Report on horse surra - Volume II, Part I
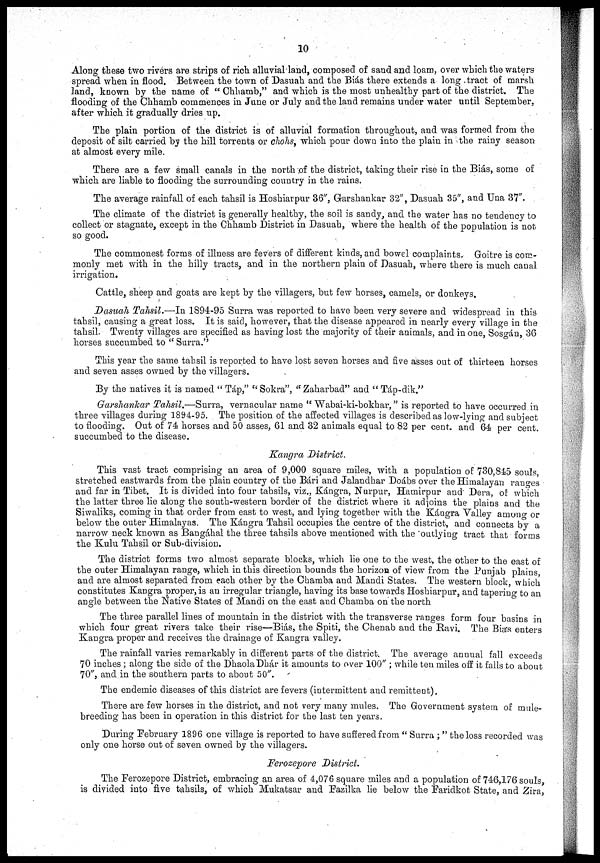
10
Along these two rivers are strips of rich alluvial land, composed of sand and loam, over which the waters
spread when in flood. Between the town of Dasuah and the Biás there extends a long tract of marsh
land, known by the name of " Chhamb," and which is the most unhealthy part of the district. The
flooding of the Chhamb commences in June or July and the land remains under water until September,
after which it gradually dries up.
The plain portion of the district is of alluvial formation throughout, and was formed from the
deposit of silt carried by the hill torrents or chohs, which pour down into the plain in the rainy season
at almost every mile.
There are a few small canals in the north of the district, taking their rise in the Biás, some of
which are liable to flooding the surrounding country in the rains.
The average rainfall of each tahsil is Hoshiarpur 36", Garshankar 32", Dasuah 35", and Una 37".
The climate of the district is generally healthy, the soil is sandy, and the water has no tendency to
collect or stagnate, except in the Chhamb District in Dasuah, where the health of the population is not
so good.
The commonest forms of illness are fevers of different kinds, and bowel complaints. Goitre is com-
monly met with in the hilly tracts, and in the northern plain of Dasuah, where there is much canal
irrigation.
Cattle, sheep and goats are kept by the villagers, but few horses, camels, or donkeys.
Dasuah Tahsil.—In 1894 -95 Surra was reported to have been very severe and widespread in this
tahsil, causing a great loss. It is said, however, that the disease appeared in nearly every village in the
tahsil. Twenty villages are specified as having lost the majority of their animals, and in one, Sosgán, 36
horses succumbed to " Surra."
This year the same tahsil is reported to have lost seven horses and five asses out of thirteen horses
and seven asses owned by the villagers.
By the natives it is named " Táp," " Sokra", " Zaharbad" and " Táp-dik."
Garshankar Tahsil.—Surra, vernacular name " Wabai-ki-bokhar," is reported to have occurred in
three villages during 1894-95. The position of the affected villages is described as low-lying and subject
to flooding. Out of 74 horses and 50 asses, 61 and 32 animals equal to 82 per cent. and 64 per cent.
succumbed to the disease.
Kangra District.
This vast tract comprising an area of 9,000 square miles, with a population of 730,845 souls,
stretched eastwards from the plain country of the Bári and Jalandhar Doábs over the Himalayan ranges
and far in Tibet. It is divided into four tahsils, viz., Kángra, Nurpur, Hamirpur and Dera, of which
the latter three lie along the south-western border of the district where it adjoins the plains and the
Siwaliks, coming in that order from east to west, and lying together with the Kángra Valley among or
below the outer Himalayas. The Kángra Tahsil occupies the centre of the district, and connects by a
narrow neck known as Bangáhal the three tahsils above mentioned with the 'outlying tract that forms
the Kulu Tahsil or Sub-division.
The district forms two almost separate blocks, which lie one to the west, the other to the east of
the outer Himalayan range, which in this direction bounds the horizon of view from the Punjab plains,
and are almost separated from each other by the Chamba and Mandi States. The western block, which
constitutes Kangra proper, is an irregular triangle, having its base towards Hoshiarpur, and tapering to an
angle between the Native States of Mandi on the east and Chamba on the north
The three parallel lines of mountain in the district with the transverse ranges form four basins in
which four great rivers take their rise—Biás, the Spiti, the Chenab and the Ravi. The Biás enters
Kangra proper and receives the drainage of Kangra valley.
The rainfall varies remarkably in different parts of the district. The average annual fall exceeds
70 inches ; along the side of the Dhaola Dhár it amounts to over 100" ; while ten miles off it falls to about
70", and in the southern parts to about 50".
The endemic diseases of this district are fevers (intermittent and remittent).
There are few horses in the district, and not very many mules. The Government system of mule-
breeding has been in operation in this district for the last ten years.
During February 1896 one village is reported to have suffered from " Surra ; " the loss recorded was
only one horse out of seven owned by the villagers.
Ferozepore District.
The Ferozepore District, embracing an area of 4,076 square miles and a population of 746,176 souls,
is divided into five tahsils, of which Mukatsar and Fazilka lie below the Faridkot State, and Zira,